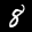
Digit: 8